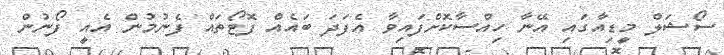
ސޯޝަލް މީޑިއާގައި އޭނާ ހިއްސާކޮށްފައިވާ އެފަދަ ބައެއް ފޮޓޯތައް ފެނުމުން އެއީ ފޯނުން